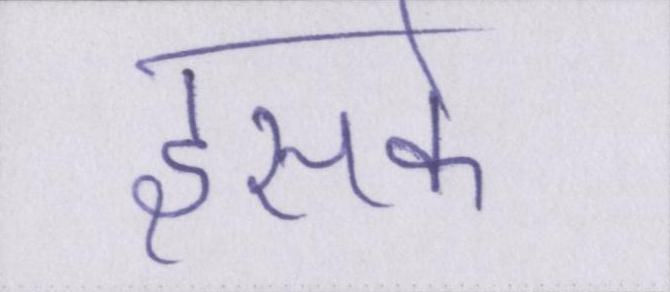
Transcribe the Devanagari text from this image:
इसके